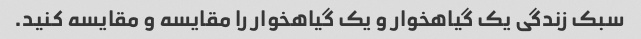
سبک زندگی یک گیاهخوار و یک گیاهخوار را مقایسه و مقایسه کنید.